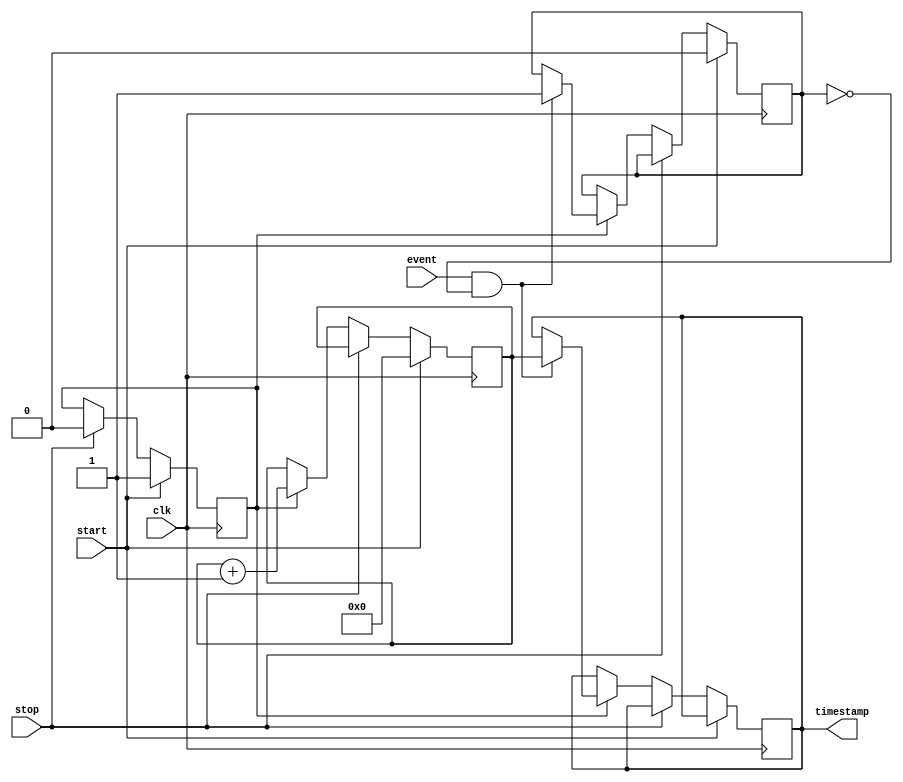
module timestamping_timer (
  input clk, // high-resolution clock input
  input start, // start timer signal
  input stop, // stop timer signal
  input event, // event signal to be timestamped
  output reg [31:0] timestamp // timestamp output
);

reg [31:0] timestamp_reg; // internal register to store timestamp
reg timer_running; // flag to indicate if timer is running
reg event_detected; // flag to indicate event has been detected

always @ (posedge clk) begin
  if (start) begin
    timestamp_reg <= 32'h00000000; // reset timestamp register
    timer_running <= 1; // start the timer
    event_detected <= 0; // clear event detected flag
  end else if (stop) begin
    timer_running <= 0; // stop the timer
  end else if (timer_running) begin
    timestamp_reg <= timestamp_reg + 1; // increment timestamp
    if (event && !event_detected) begin
      timestamp <= timestamp_reg; // capture timestamp when event detected
      event_detected <= 1; // set event detected flag
    end
  end
end

endmodule